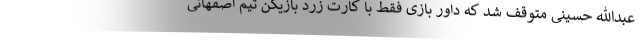
عبدالله حسینی متوقف شد که داور بازی فقط با کارت زرد بازیکن تیم اصفهانی